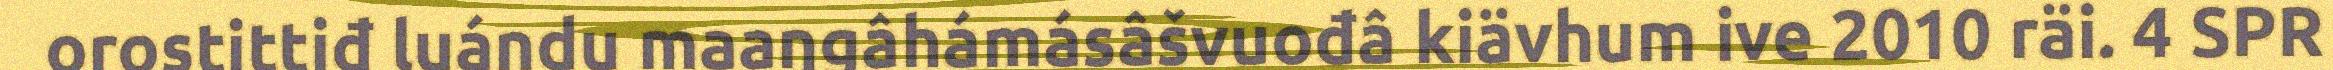
orostittiđ luándu maaŋgâhámásâšvuođâ kiävhum ive 2010 räi. 4 SPR